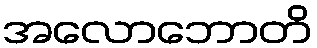
အလောဘောတိ